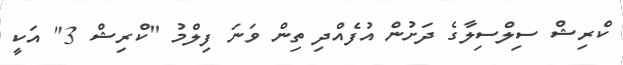
ކްރިޝް ސިލްސިލާގެ ދަށުން އުފެއްދި ތިން ވަނަ ފިލްމު "ކްރިޝް 3" އަކީ